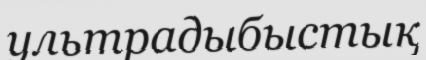
ультрадыбыстық